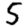
Digit: 5